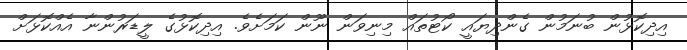
އިދިކޮޅުން ބުނަމުން ގެންދިޔައީ ކޯޓުތައް މިނިވަން ނޫން ކަމަށެވެ. އިދިކޮޅުގެ ލީޑަރުންނާ އެއްކޮޅަށް